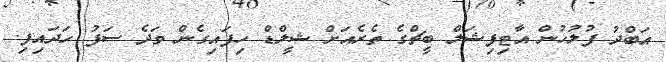
އަބްދު ފުލުހުން އާޓިފިޝަލް ބީޗްގެ ތެރެއަށް ޝީލްޑް ހިފައިގެން ވަދެ ސަފު ހަދައިފި.